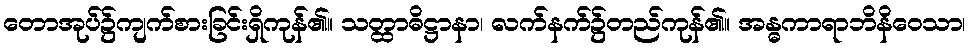
တောအုပ်၌ကျက်စားခြင်းရှိကုန်၏။ သတ္ထာဓိဋ္ဌာနာ၊ လက်နက်၌တည်ကုန်၏။ အန္ဓကာရာဘိနိဝေသာ၊